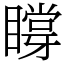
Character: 𥊼